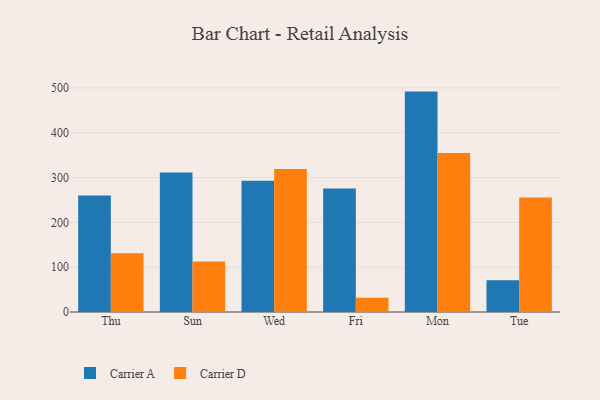
{"axis": {"x": "Day", "y": "Backlog"}, "legend": ["Carrier A", "Carrier D"], "data": [{"x": "Thu", "y": 260.0, "type": "Carrier A"}, {"x": "Thu", "y": 131.0, "type": "Carrier D"}, {"x": "Sun", "y": 311.0, "type": "Carrier A"}, {"x": "Sun", "y": 112.9, "type": "Carrier D"}, {"x": "Wed", "y": 292.8, "type": "Carrier A"}, {"x": "Wed", "y": 319.1, "type": "Carrier D"}, {"x": "Fri", "y": 275.3, "type": "Carrier A"}, {"x": "Fri", "y": 31.7, "type": "Carrier D"}, {"x": "Mon", "y": 491.7, "type": "Carrier A"}, {"x": "Mon", "y": 354.6, "type": "Carrier D"}, {"x": "Tue", "y": 70.7, "type": "Carrier A"}, {"x": "Tue", "y": 255.6, "type": "Carrier D"}]}